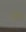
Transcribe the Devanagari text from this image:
स्नॅबने